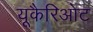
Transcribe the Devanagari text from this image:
यूकैरिओट